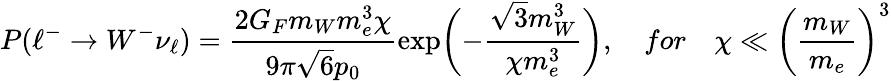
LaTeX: P(\ell^{-}\rightarrow W^{-}\nu_{\ell})=\frac{2G_{F}m_{W}m_{e}^{3}\chi}{9\pi\sqrt{6}p_{0}}\exp\biggl(-\frac{\sqrt{3}m_{W}^{3}}{\chi m_{e}^{3}}\biggr),\quad for\quad\chi\ll\biggl({\frac{m_{W}}{m_{e}}}\biggr)^{3}